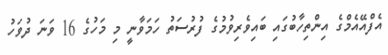
އެފްއޭއެމްގެ އިންތިހާބުގައި ބައިވެރިވުމުގެ ފުރުސަތު ހަމަވާނީ މި މަހުގެ 16 ވަނަ ދުވަހު